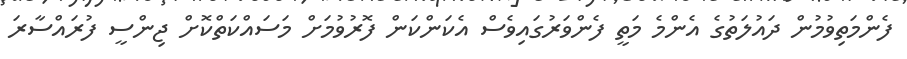
ފެންމަތިވުމުން ދައުލަތުގެ އެންމެ މަތީ ފެންވަރުގައިވެސް އެކަންކަން ފޮރުވުމަށް މަސައްކަތްކޮށް ޖިންސީ ފުރައްސާރަ